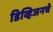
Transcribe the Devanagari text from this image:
डिव्हिजनचे